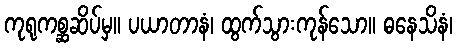
ကုရုကစ္ဆဆိပ်မှ။ ပယာတာနံ၊ ထွက်သွားကုန်သော။ ဓနေသိနံ၊